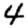
Digit: 4